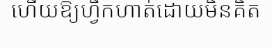
ហើយឱ្យហ្វឹកហាត់ដោយមិនគិត